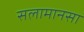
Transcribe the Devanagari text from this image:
सलामानसा